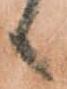
候